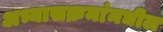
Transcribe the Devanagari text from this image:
अभ्यासक्रमांमधील